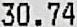
30.74